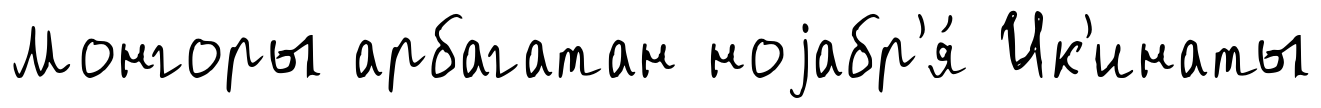
Монгоры арбагатан ноjабр'я́ Ик'инаты